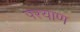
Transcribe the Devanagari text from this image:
परयाण